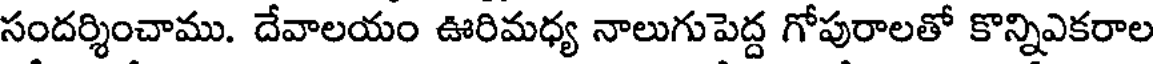
సందర్శించాము. దేవాలయం ఊరిమధ్య నాలుగుపెద్ద గోపురాలతో కొన్నిఎకరాల